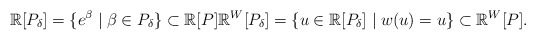
\begin{align*}\mathbb{R}[P_{\delta}]=\{e^{\beta}\mid\beta\in P_{\delta}\}\subset\mathbb{R}[P]\mathbb{R}^{W}[P_{\delta}]=\{u\in\mathbb{R}[P_{\delta}]\mid w(u)=u\}\subset\mathbb{R}^{W}[P].\end{align*}